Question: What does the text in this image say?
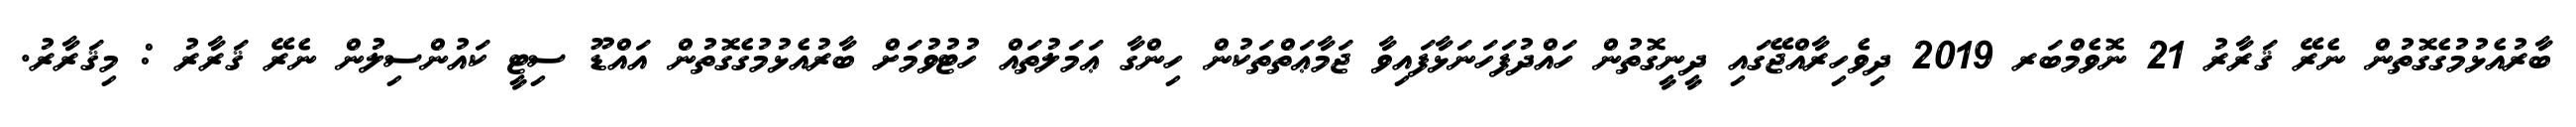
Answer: ބާރުއެޅުމުގެގޮތުން ނެރޭ ޤަރާރު 21 ނޮވެމްބަރ 2019 ދިވެހިރާއްޖޭގައި ދީނީގޮތުން ހައްދުފަހަނަޅާފައިވާ ޖަމާޢަތްތަކުން ހިންގާ ޢަމަލުތައް ހުޓުވުމަށް ބާރުއެޅުމުގެގޮތުން އައްޑޫ ސިޓީ ކައުންސިލުން ނެރޭ ޤަރާރު : މިޤަރާރު.